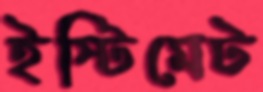
ইস্টিমেট